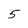
Character: 5